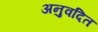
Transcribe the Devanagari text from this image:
अनुवदित